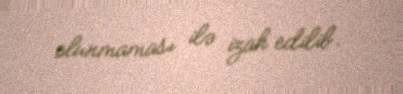
olunmaması ilə izah edilib.